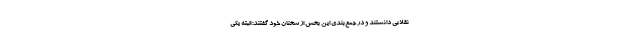
نقلابی دانستند و در جمع‌بندی این بخش از سخنان خود گفتند: البته یکی